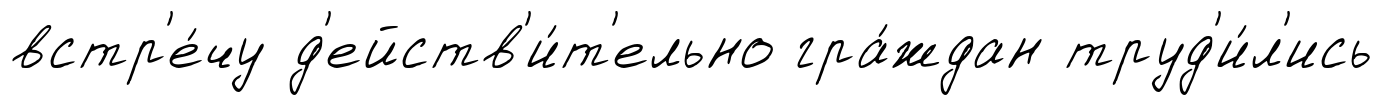
встр'е́чу д'ейств'и́т'ельно гра́ждан труд'и́л'ись